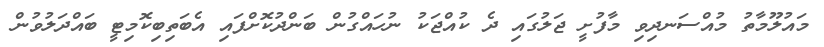
މައުލޫމާތު މުއްސަނދިވި މާފުށީ ޖަލުގައި ދެ ކުއްޖަކު ނުހައްގުން ބަންދުކޮށްފައި އެބަތިބިކޮމިޓީ ބައްދަލުވުން